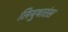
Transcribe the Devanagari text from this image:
लियुथारंस